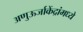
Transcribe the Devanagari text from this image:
अणुऊर्जाकेंद्रांमध्ये